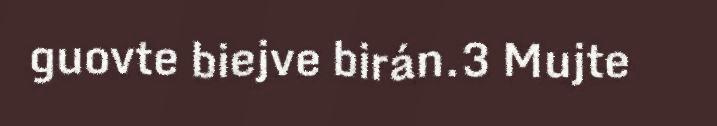
guovte biejve birán.3 Mujte